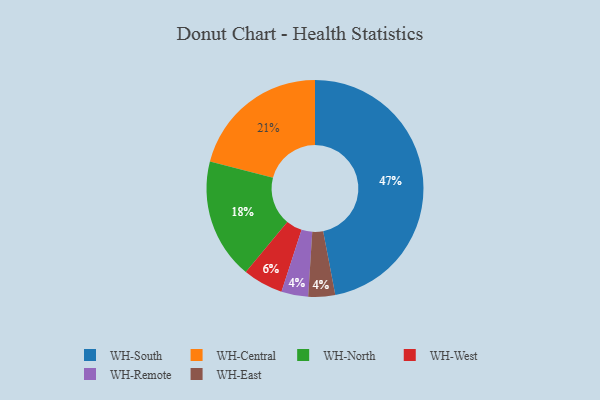
{"axis": {"x": "Category", "y": "Percentage"}, "legend": ["WH-Central", "WH-East", "WH-North", "WH-Remote", "WH-South", "WH-West"], "data": [{"x": "WH-South", "y": 47, "type": "WH-South"}, {"x": "WH-North", "y": 18, "type": "WH-North"}, {"x": "WH-Remote", "y": 4, "type": "WH-Remote"}, {"x": "WH-East", "y": 4, "type": "WH-East"}, {"x": "WH-Central", "y": 21, "type": "WH-Central"}, {"x": "WH-West", "y": 6, "type": "WH-West"}]}